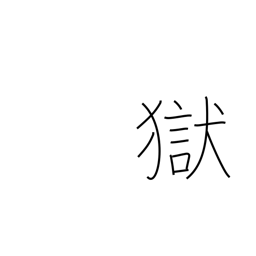
Meaning: jail